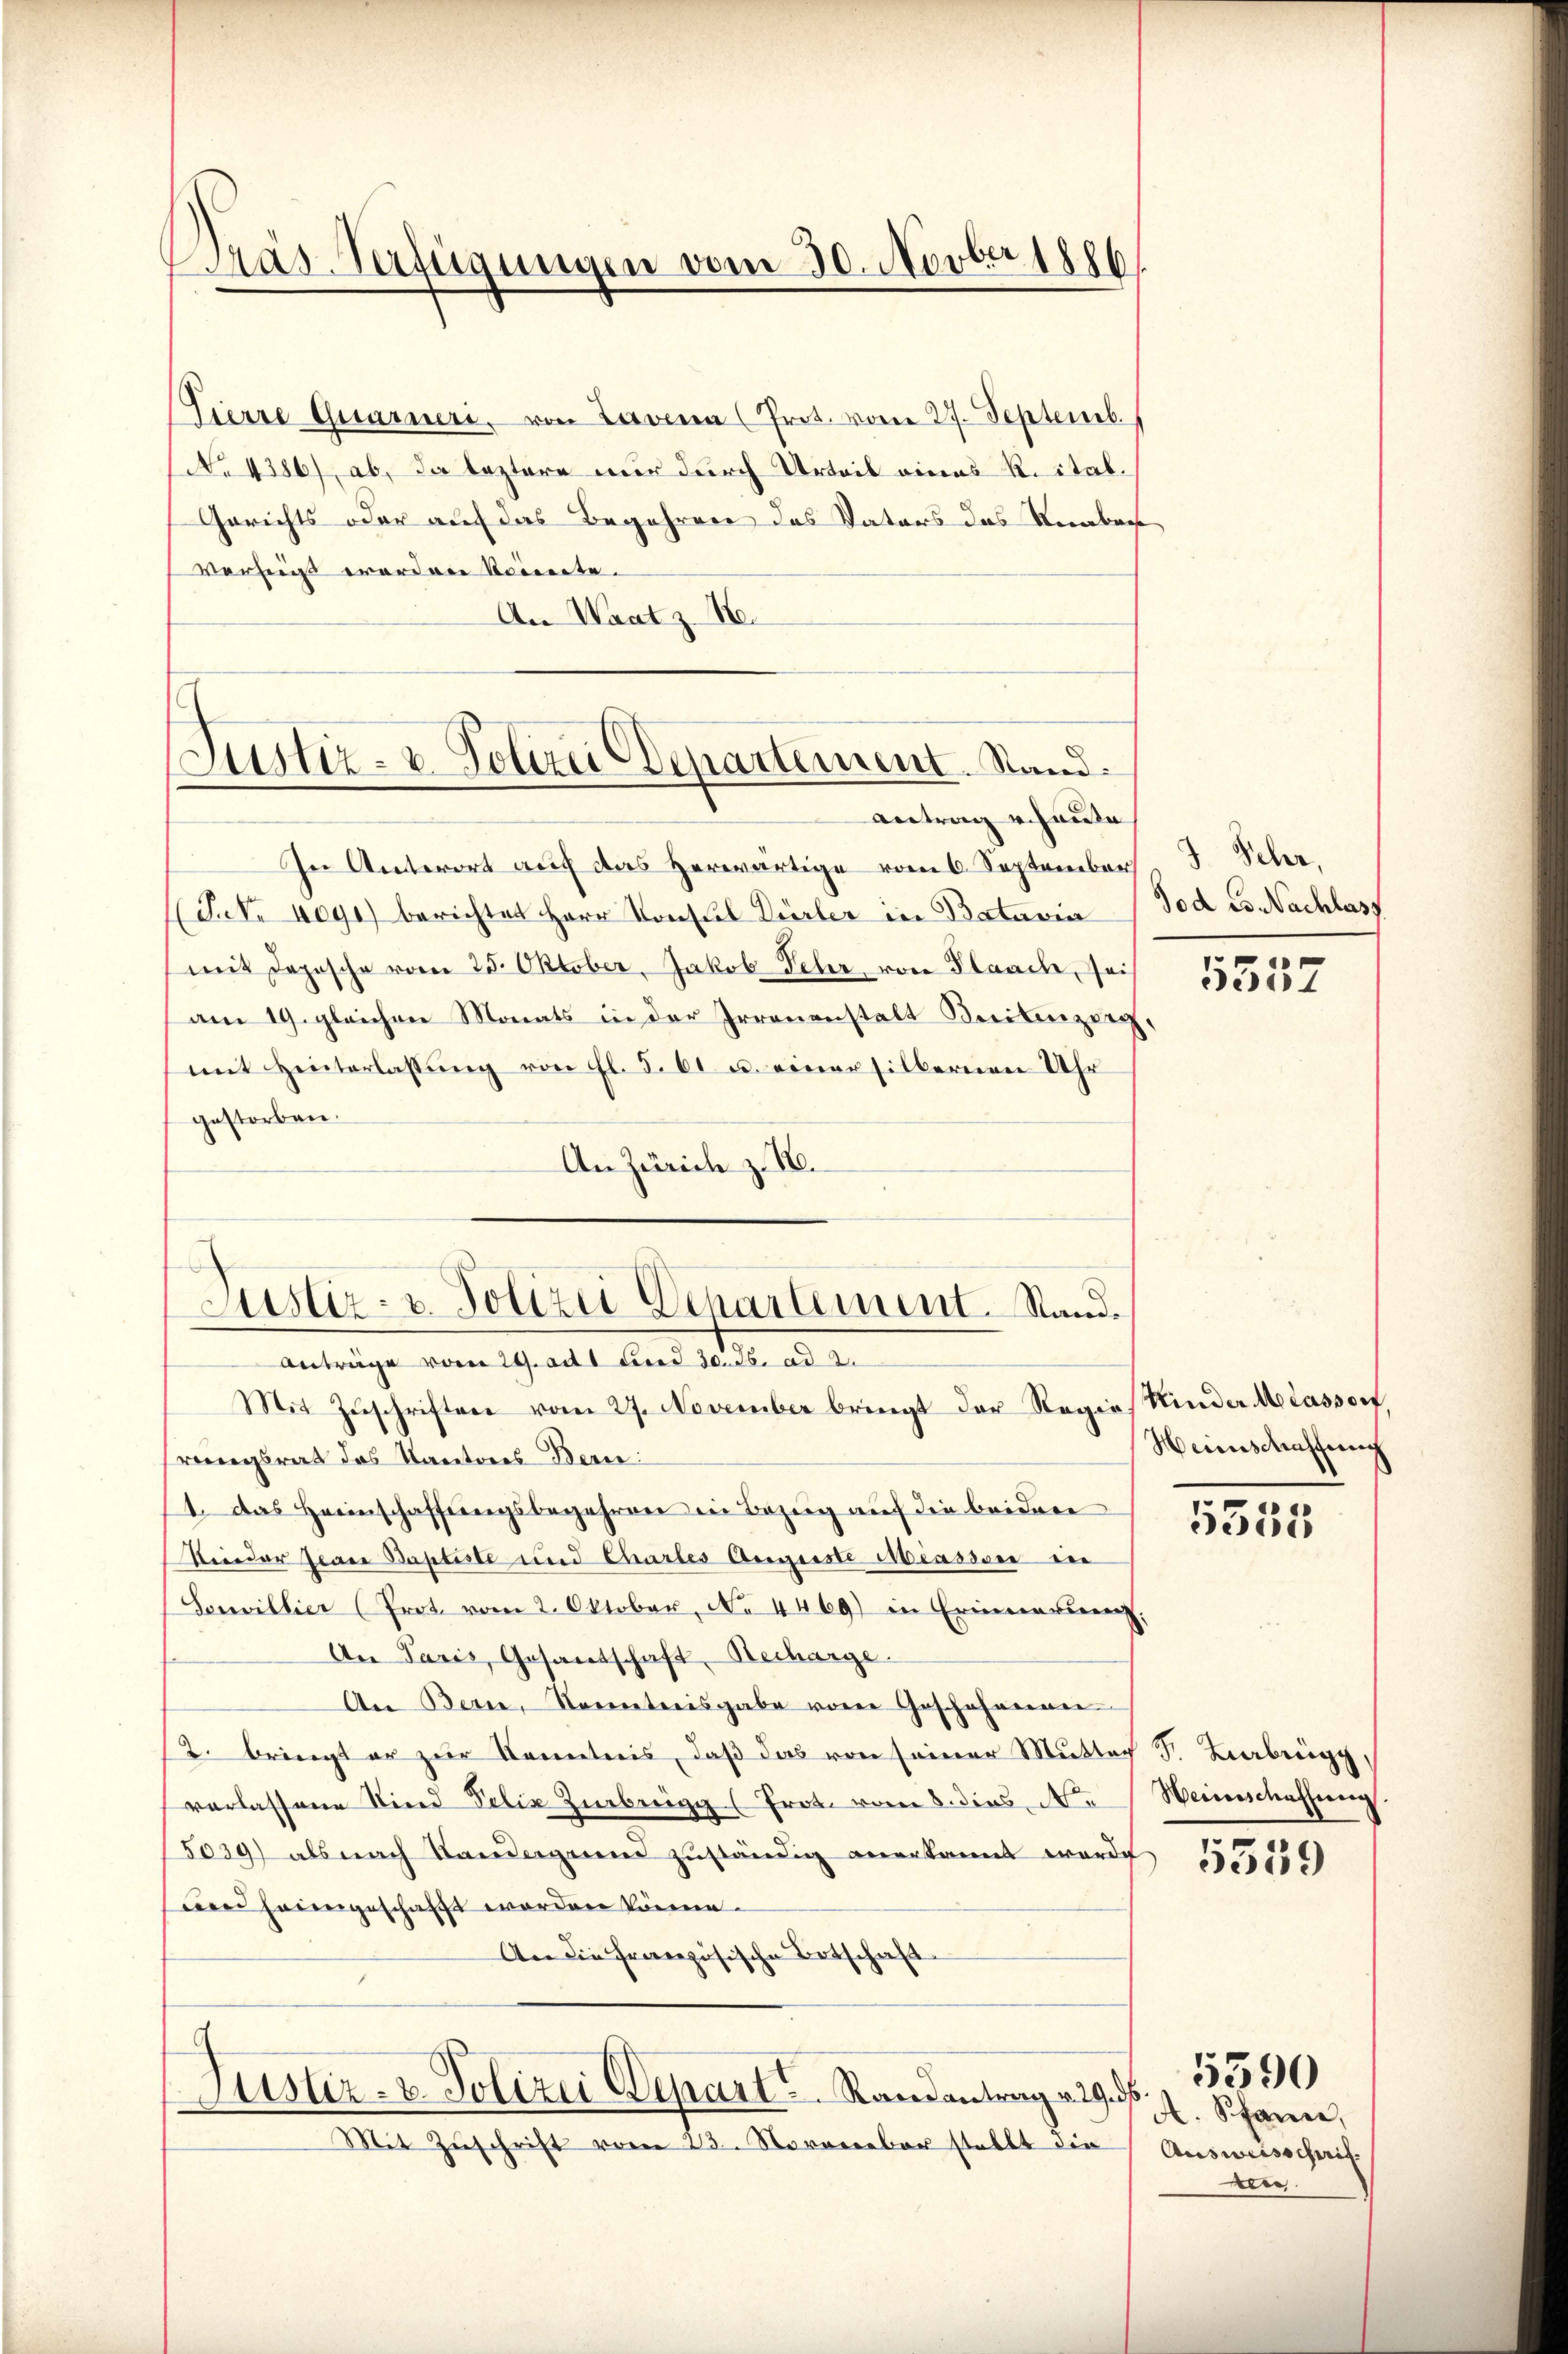
ras-Verfügungen vom 30. Novber 1880

Tierre Gesarneri, von Laven (Prot. vom 27. Septemb.
No 4386), ab, da leztere nur durch Urteil eines R. ital.
Gerichts oder auf das Begehren das Vaters das Neubeg
Verfügt worden Seinerte.
An Waatz. 18.

Justiz- & Polizei Departement. Stand.

Justiz- u. Polizei Departement. Stand.

Antrag v. Haute
In Antwort auf das Herwärtige vom 6. September
(Ihr 4091) berichtet Herr Vorste Dürler in Batavia
mit Depesche vom 25. Oktober, Jakob Sehr von Plaach, sei
am 19. gleichen Monats in der Irrenanstalt Reibenzing,
mit Hinterlassung von fl. 5. 61 u. einer silbernen Uhr
gestorben.
An Zürich z. B.
Anträge vom 29. Art und 30. Js. ad 2.
Mit Zŭschriften vom 27. November bringt der Regies Kinder Miassor,
riegsrat das Kantons-Beri
11. Das Heimschaffungsbegehren in Bezug auf die beidere
Rieder Jeare Baptiste und Chartes Angeste Miasson in
Souvillier (Prot. vom 2. Oktober, No. 4469) in Erinnern,
An Paris, Gesandschaft Recharge.
An Bern, Sonetnisgabe von Goschehenen
2. bringt er zur Kenntnis, daß das von seiner Mutter F. Bobrigg,
verlassene Sind Felix Zibergg (Prot. vom 8. dies der Weinschaffung
5039) als nach Sandeguen zuständig anerkannt worde
nd heimgeschafft worden könne.
An die Französische Botschaft
Justiz- u. Polizei Depart. Randantrag v. 29. ds.
—
Mit Zŭschrift vom 23. November stellt die Aŭsweisschrif

3. Sehr,
Tod es Nachlas

s
5357

Heinschaffung

5355

5359

A. Schann,
Leer

5390